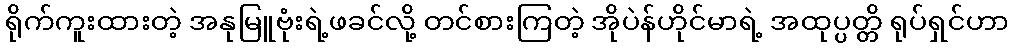
ရိုက်ကူးထားတဲ့ အနုမြူဗုံးရဲ့ဖခင်လို့ တင်စားကြတဲ့ အိုပဲန်ဟိုင်မာရဲ့ အထုပ္ပတ္တိ ရုပ်ရှင်ဟာ